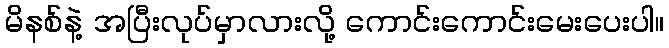
မိနစ်နဲ့ အပြီးလုပ်မှာလားလို့ ကောင်းကောင်းမေးပေးပါ။